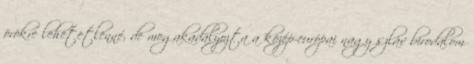
örökre lehetetlenné, de megakadályozta a közép-európai nagy szláv birodalom